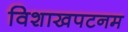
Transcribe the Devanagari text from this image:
विशाखपटनम